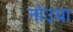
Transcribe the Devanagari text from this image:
नोउया